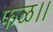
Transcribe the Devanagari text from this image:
फळ।।